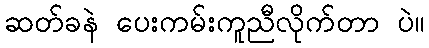
ဆတ်ခနဲ ပေးကမ်းကူညီလိုက်တာ ပဲ။